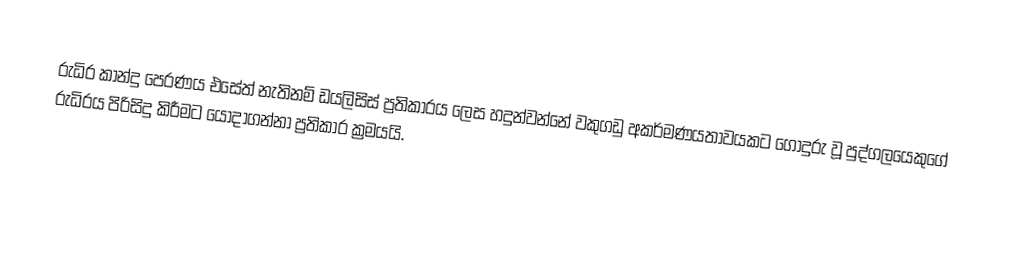
රුධිර කාන්දු පෙරණය එසේත් නැතිනම් ඩයලිසිස් ප්‍රතිකාරය ලෙස හදුන්වන්නේ වකුගඩු අකර්මණයතාවයකට ගොදුරු වූ පුද්ගලයෙකුගේ රුධිරය පිරිසිදු කිරීමට යොදාගන්නා ප්‍රතිකාර ක්‍රමයයි.